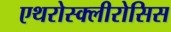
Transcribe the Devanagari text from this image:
एथरोस्क्लीरोसिस